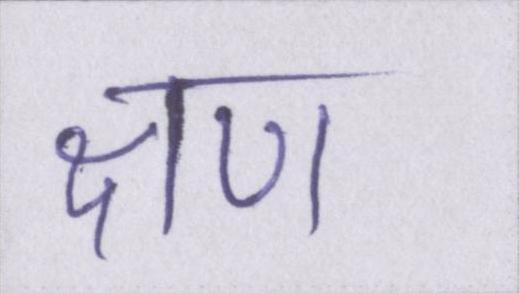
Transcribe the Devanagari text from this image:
क्षण